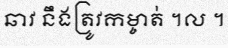
ឆាវ នឹងត្រូវកម្ចាត់ ។ល ។